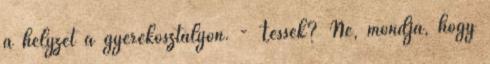
a helyzet a gyerekosztályon. - Tessék? Ne, mondja, hogy